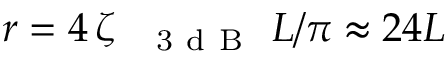
r = 4 \, \zeta _ { \mathrm { ~ \textsubscript ~ { ~ 3 ~ d ~ B ~ } ~ } } L / \pi \approx 2 4 L